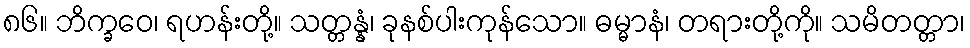
၈၆။ ဘိက္ခဝေ၊ ရဟန်းတို့။ သတ္တန္နံ၊ ခုနစ်ပါးကုန်သော။ ဓမ္မာနံ၊ တရားတို့ကို။ သမိတတ္တာ၊